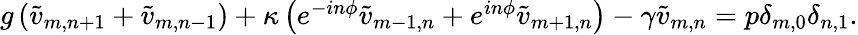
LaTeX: \begin{array}{r}{g\left(\tilde{v}_{m,n+1}+\tilde{v}_{m,n-1}\right)+\kappa\left(e^{-in\phi}\tilde{v}_{m-1,n}+e^{in\phi}\tilde{v}_{m+1,n}\right)-\gamma\tilde{v}_{m,n}=p\delta_{m,0}\delta_{n,1}.}\end{array}